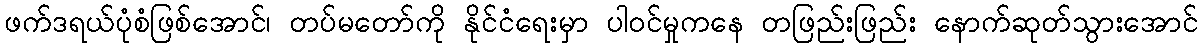
ဖက်ဒရယ်ပုံစံဖြစ်အောင်၊ တပ်မတော်ကို နိုင်ငံရေးမှာ ပါဝင်မှုကနေ တဖြည်းဖြည်း နောက်ဆုတ်သွားအောင်